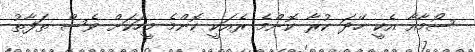
ސޯމާއާ އެކީ ހޭދަ ކުރާ ކޮންމެ ރެއަކީ ކޮންމެ މީހަކަށް ވެސް ތަފާތު